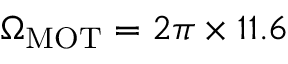
\Omega _ { \mathrm { M O T } } = 2 \pi \times 1 1 . 6